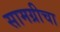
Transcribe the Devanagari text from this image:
सामग्रीचा